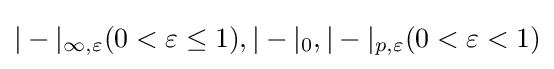
|-|_{\infty ,\varepsilon }(0<\varepsilon \leq 1),|-|_{0},|-|_{p,\varepsilon }(0<\varepsilon <1)